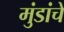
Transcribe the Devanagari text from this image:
मुंडांचे